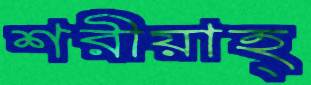
শরীয়াহ্